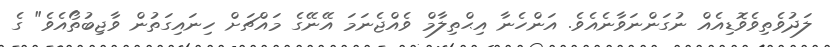
ލަދުވެތިވެވޮޑިއެއް ނުގަންނަވާނެއެވެ. އަންހެނާ އިޙްތިލާމް ވެއްޖެނަމަ އޭނޭގެ މައްޗަށް ހިނައިގަތުން ވާޖިބުތޯއެވެ" ގެ